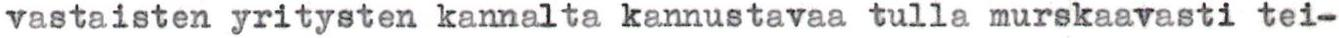
vastaisten yritysten kannalta kannustavaa tulla murskaavasti tei-